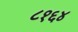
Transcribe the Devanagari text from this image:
८१६४